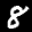
Label: 8